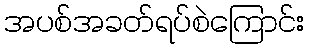
အပစ်အခတ်ရပ်စဲကြောင်း